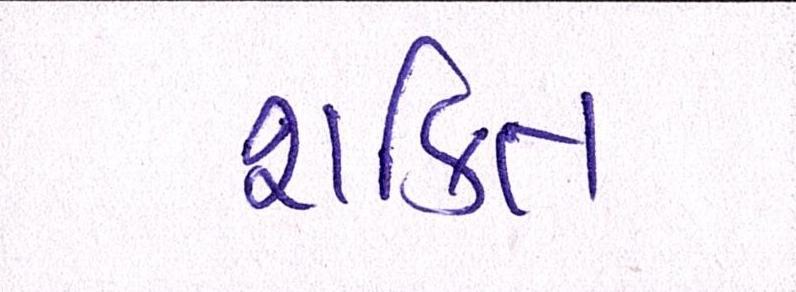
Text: શકિત